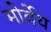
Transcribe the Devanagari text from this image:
मोर्वेय